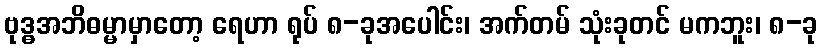
ဗုဒ္ဓအဘိဓမ္မာမှာတော့ ရေဟာ ရုပ် ၈-ခုအပေါင်း၊ အက်တမ် သုံးခုတင် မကဘူး၊ ၈-ခု